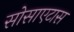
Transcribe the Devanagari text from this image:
सोसाएटास